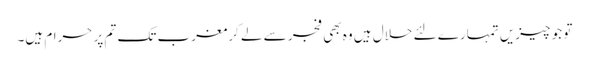
تو جو چیزیں تمہارے لئے حلال ہیں وہ بھی فجر سے لے کرمغرب تک تم پر حرام ہیں۔